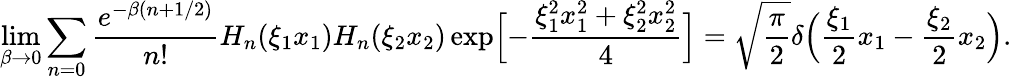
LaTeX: \operatorname*{lim}_{\beta\to 0}\sum_{n=0}\frac{e^{-\beta(n+1/2)}}{n!}H_{n}(\xi_{1}x_{1})H_{n}(\xi_{2}x_{2})\exp\Bigl[-\frac{\xi_{1}^{2}x_{1}^{2}+\xi_{2}^{2}x_{2}^{2}}{4}\Bigr]=\sqrt{\frac{\pi}{2}}\delta\Bigl(\frac{\xi_{1}}{2}x_{1}-\frac{\xi_{2}}{2}x_{2}\Bigr).